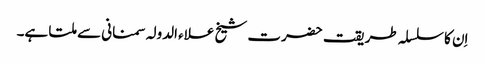
اِن کا سلسلہ طریقت حضرت شیخ علاء الدولہ سمنانی سے ملتا ہے۔